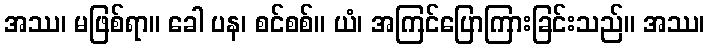
အဿ၊ မဖြစ်ရာ။ ခေါ ပန၊ စင်စစ်။ ယံ၊ အကြင်ပြောကြားခြင်းသည်။ အဿ၊